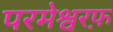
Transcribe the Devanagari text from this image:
परमेश्वरफ़